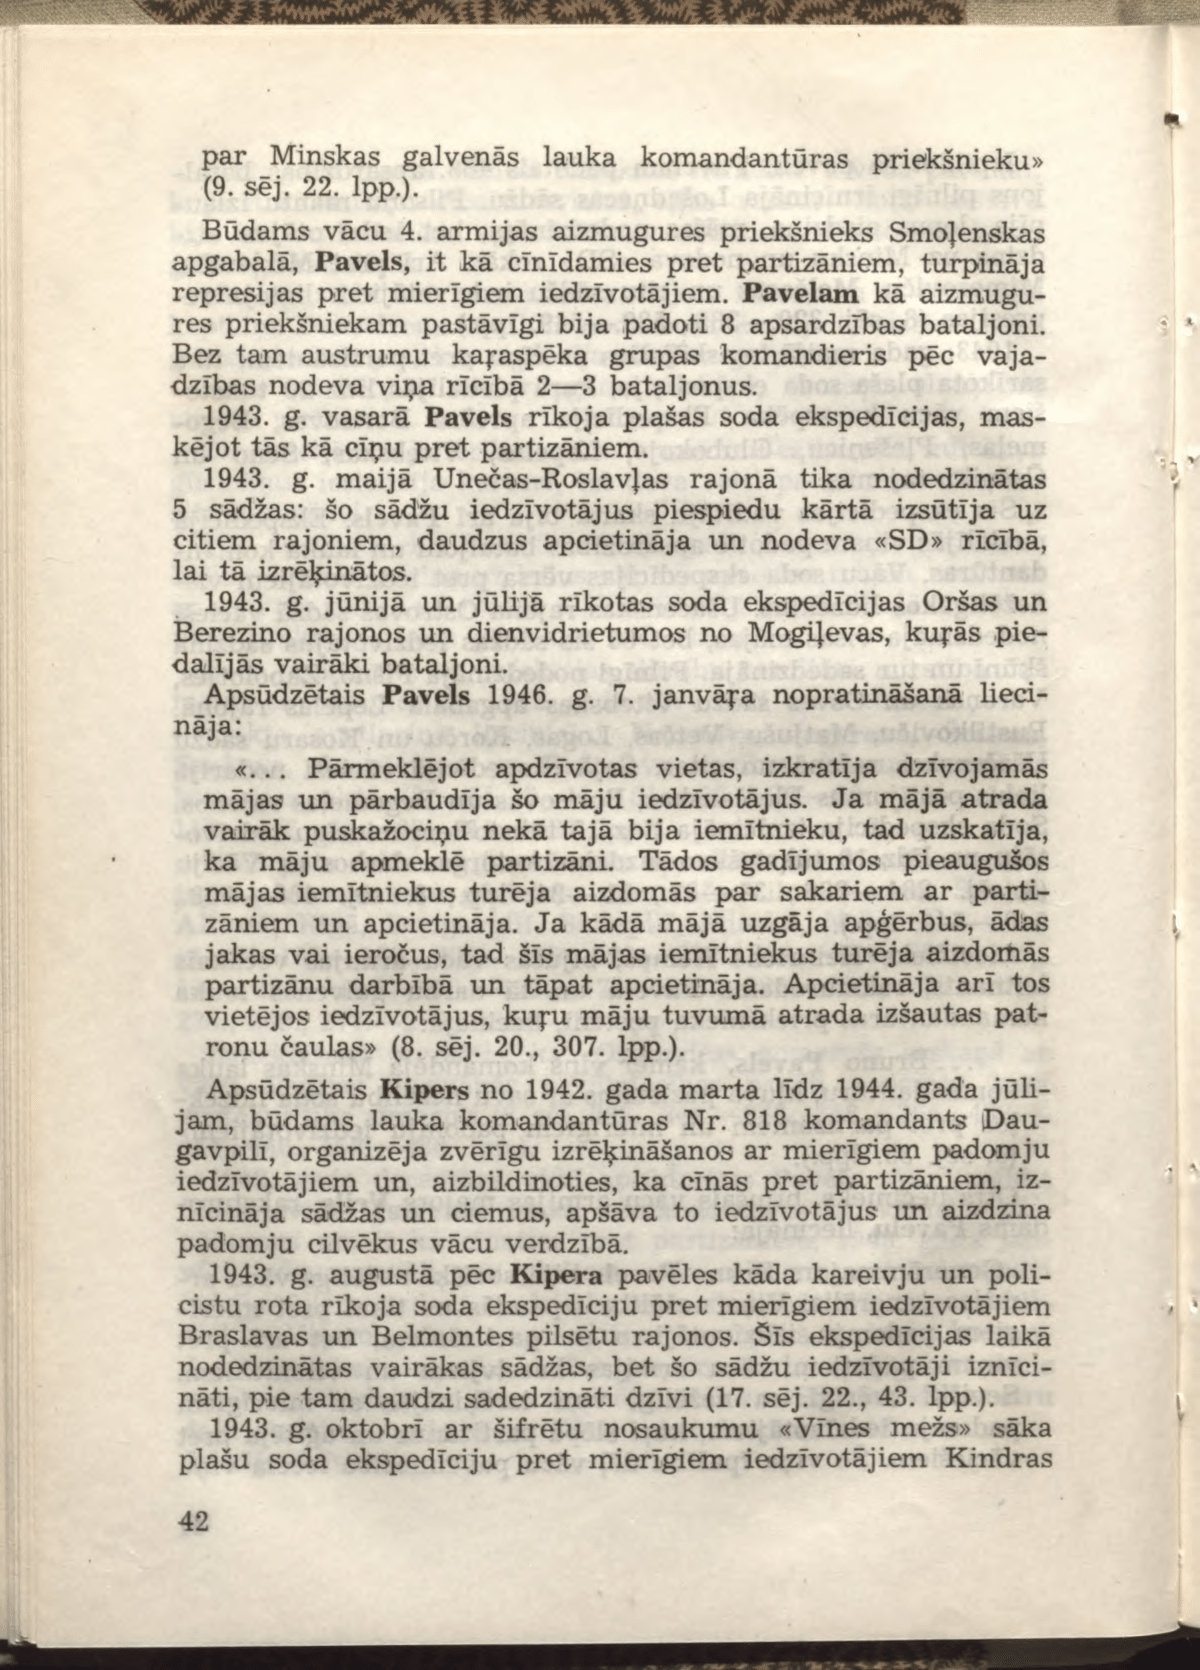
Language: lv